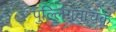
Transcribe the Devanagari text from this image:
पुल्लिंगवाचक